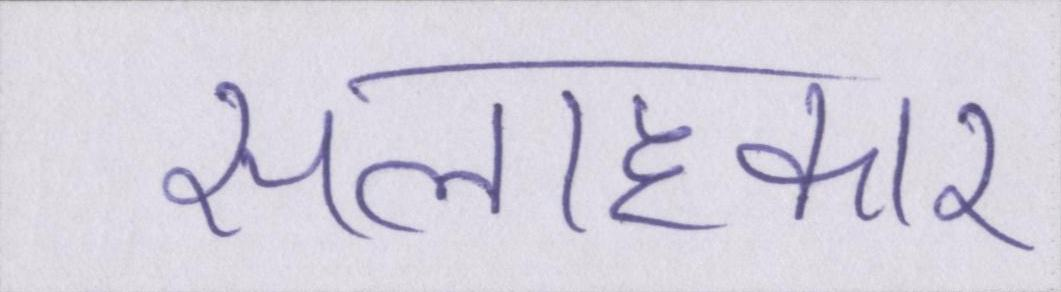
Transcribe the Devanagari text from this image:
सलाहकार